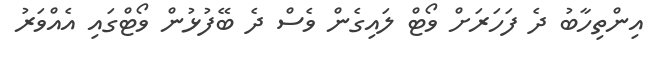
އިންތިހާބު ދެ ފަހަރަށް ވޯޓް ލައިގެން ވެސް ދެ ބޭފުޅުން ވޯޓްގައި އެއްވަރު